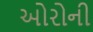
ઓરોની